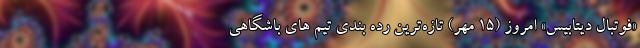
«فوتبال دیتابیس» امروز (۱۵ مهر) تازه‌ترین رده ‌بندی تیم‌ های باشگاهی